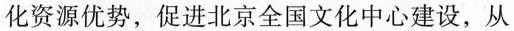
化资源优势，促进北京全国文化中心建设，从